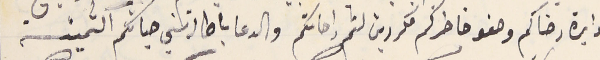
دايرة رضاكم وصفو خاطركم مكررين لثم راحاتكم والدعا باطالة سني حياتكم الثمينة